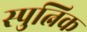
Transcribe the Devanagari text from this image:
स्पुत्निक